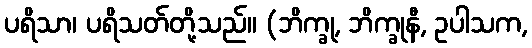
ပရိသာ၊ ပရိသတ်တို့သည်။ (ဘိက္ခု, ဘိက္ခုနီ, ဥပါသက,